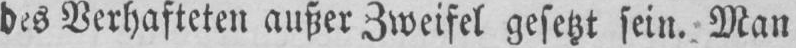
des Verhafteten außer Zweifel gesetzt sein. Man